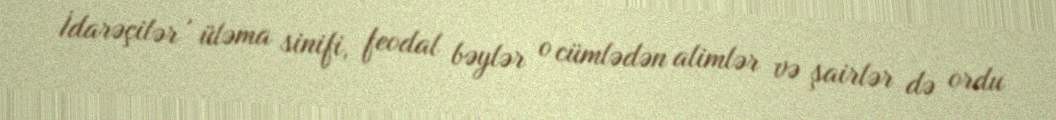
İdarəçilər , üləma sinifi, feodal bəylər o cümlədən alimlər və şairlər də ordu